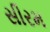
સીરમ